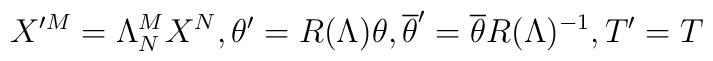
X'^M=\Lambda^M_N X^N, \theta'=R(\Lambda)\theta, \overline{\theta}'=\overline{\theta}R(\Lambda)^{-1}, T'=T